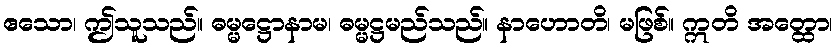
ဧသော၊ ဤသူသည်။ ဓမ္မဋ္ဌောနာမ၊ ဓမ္မဋ္ဌမည်သည်။ နာဟောတိ၊ မဖြစ်။ ဣတိ အတ္ထော၊